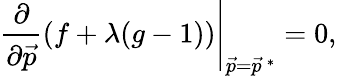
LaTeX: \left.{\frac{\partial}{\partial{\vec{p}}}}(f+\lambda(g-1))\right|_{{\vec{p}}={\vec{p}}^{\, *}}=0,